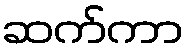
ဆက်ကာ